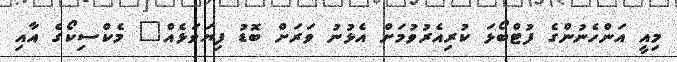
މިއީ އަންހެނުންގެ ފުޓްބޯޅަ ކުރިއެރުވުމަށް އެޅުނު ވަރަށް ބޮޑު ފިޔަވަޅެއް" މެކްސިކޯގެ އާއި